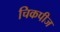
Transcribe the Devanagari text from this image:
चिकपीज